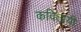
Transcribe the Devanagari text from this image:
कवितायी